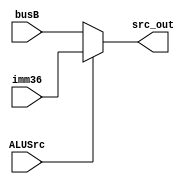
`timescale 1ns / 1ps
module ALUSrc_select(
ALUSrc,busB,imm36,
src_out
    );
    input ALUSrc;
    input [31:0] busB;
    input [31:0] imm36;
    output [31:0] src_out;
    
    assign src_out=ALUSrc?imm36:busB;
endmodule